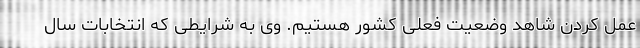
عمل کردن شاهد وضعیت فعلی کشور هستیم. وی به شرایطی که انتخابات سال